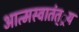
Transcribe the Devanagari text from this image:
आत्मस्वातंत््रय